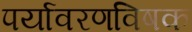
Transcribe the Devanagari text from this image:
पर्यावरणविषक